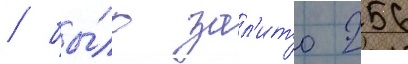
/ бы́ло зал'ито 256